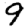
Digit: 9